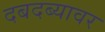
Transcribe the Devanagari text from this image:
दबदब्यावर